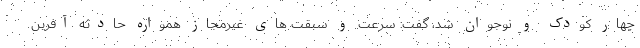
چهار کودک و نوجوان شد، گفت: سرعت و سبقت های غیرمجاز همواره حادثه آفرین